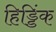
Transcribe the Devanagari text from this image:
हिड्डिंक